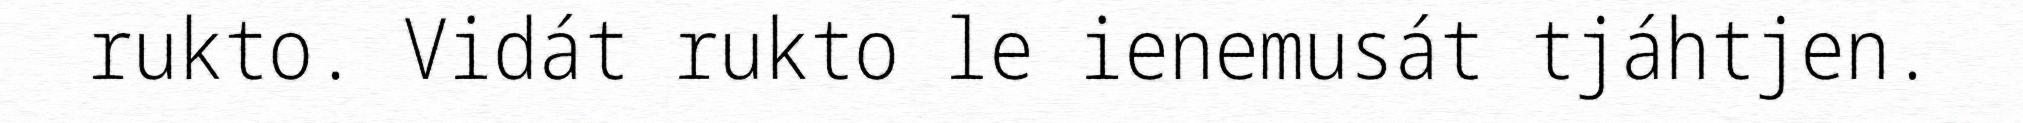
rukto. Vidát rukto le ienemusát tjáhtjen.